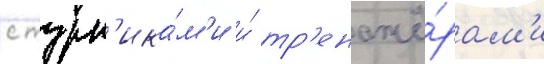
с турн'ика́м'и и́ тр'енажё́рам'и